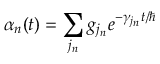
\alpha _ { n } ( t ) = \sum _ { j _ { n } } g _ { j _ { n } } e ^ { - \gamma _ { j _ { n } } t / \hbar }